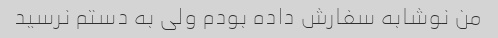
من نوشابه سفارش داده بودم ولی به دستم نرسید